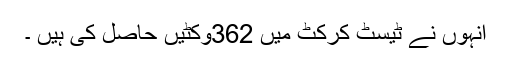
انہوں نے ٹیسٹ کرکٹ میں 362وکٹیں حاصل کی ہیں ۔